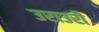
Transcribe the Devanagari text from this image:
उराउरी